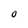
Character: O